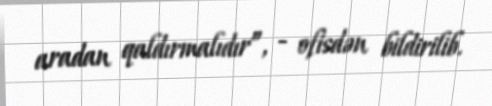
aradan qaldırmalıdır”, - ofisdən bildirilib.